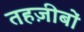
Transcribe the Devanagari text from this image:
तहज़ीबों